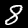
Digit: 8